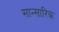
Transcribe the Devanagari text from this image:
सान्सारिक